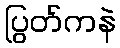
ပြွတ်ကနဲ